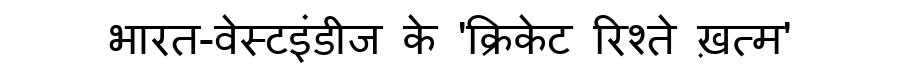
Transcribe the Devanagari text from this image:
भारत-वेस्टइंडीज के 'क्रिकेट रिश्ते ख़त्म'